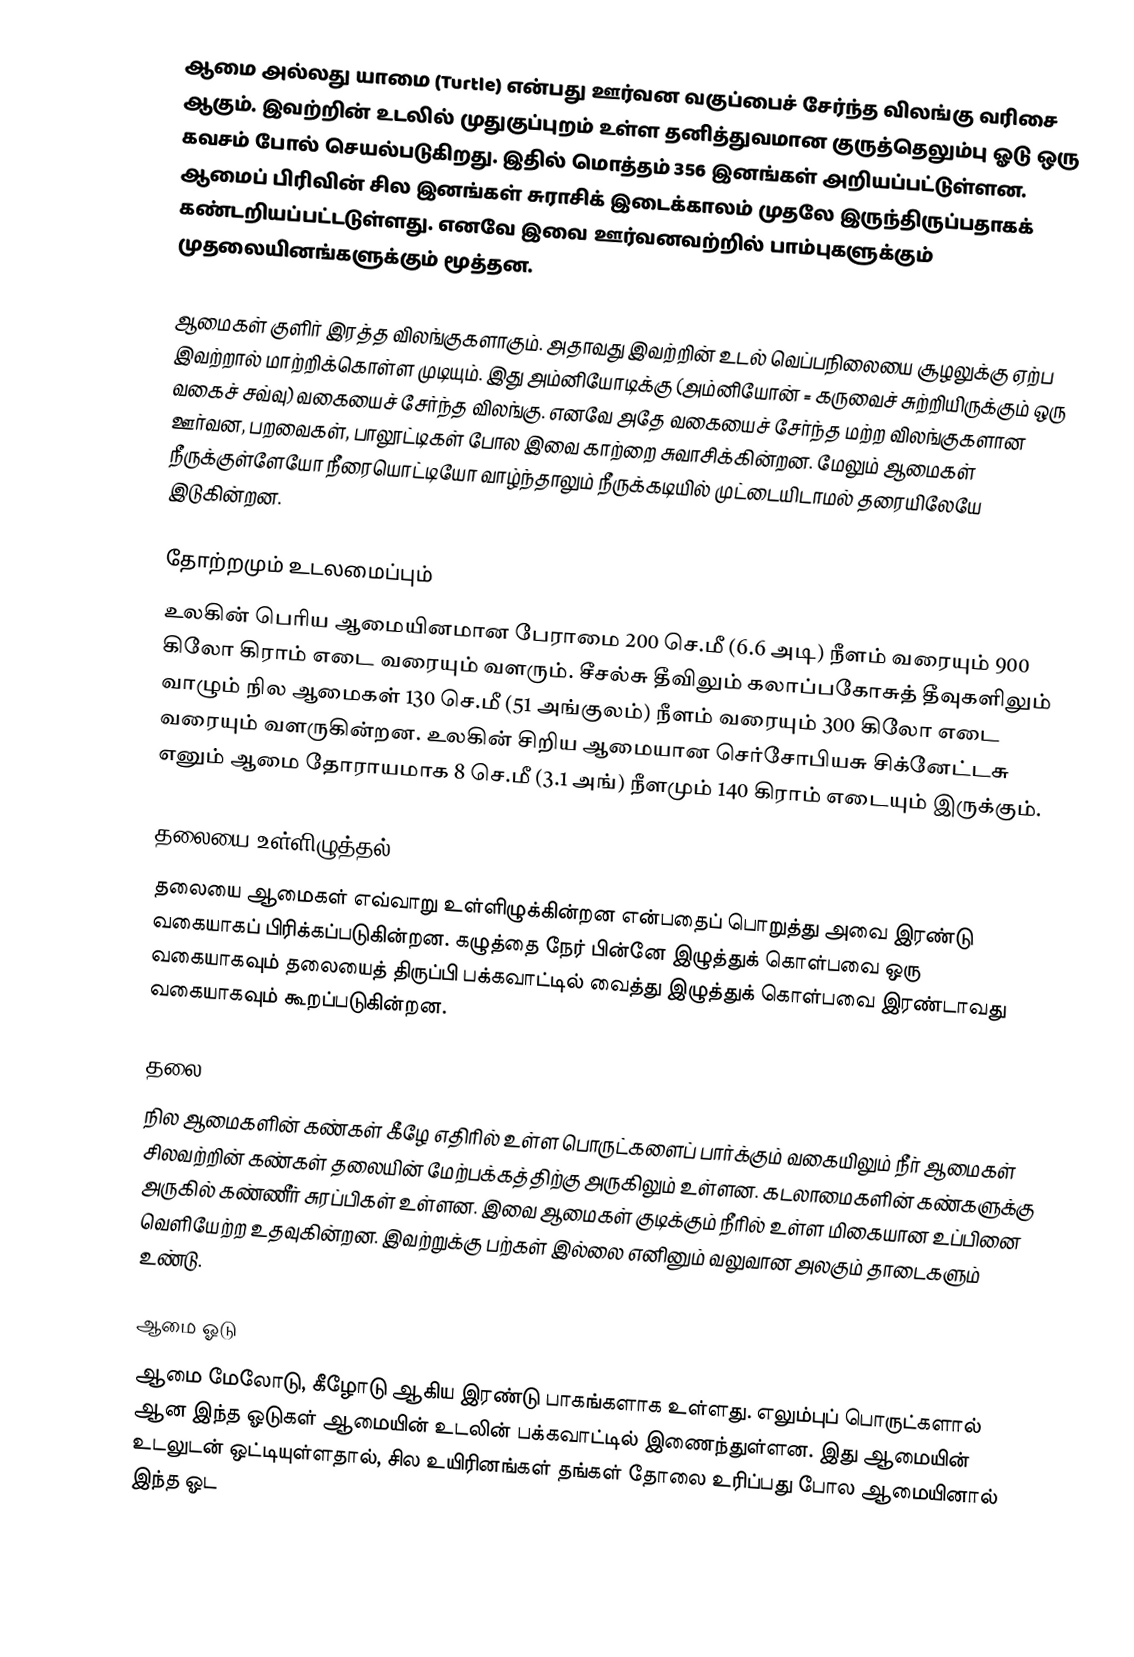
ஆமை அல்லது யாமை (Turtle) என்பது ஊர்வன வகுப்பைச் சேர்ந்த விலங்கு வரிசை ஆகும். இவற்றின் உடலில் முதுகுப்புறம் உள்ள தனித்துவமான குருத்தெலும்பு ஓடு ஒரு கவசம் போல் செயல்படுகிறது. இதில் மொத்தம் 356 இனங்கள் அறியப்பட்டுள்ளன. ஆமைப் பிரிவின் சில இனங்கள் சுராசிக்  இடைக்காலம் முதலே இருந்திருப்பதாகக் கண்டறியப்பட்டடுள்ளது. எனவே இவை ஊர்வனவற்றில் பாம்புகளுக்கும் முதலையினங்களுக்கும் மூத்தன.

ஆமைகள் குளிர் இரத்த விலங்குகளாகும். அதாவது இவற்றின் உடல் வெப்பநிலையை சூழலுக்கு ஏற்ப இவற்றால் மாற்றிக்கொள்ள முடியும். இது அம்னியோடிக்கு (அம்னியோன் = கருவைச் சுற்றியிருக்கும் ஒரு வகைச் சவ்வு) வகையைச் சேர்ந்த விலங்கு. எனவே அதே வகையைச் சேர்ந்த மற்ற விலங்குகளான ஊர்வன, பறவைகள், பாலூட்டிகள் போல இவை காற்றை சுவாசிக்கின்றன. மேலும் ஆமைகள் நீருக்குள்ளேயோ நீரையொட்டியோ வாழ்ந்தாலும் நீருக்கடியில் முட்டையிடாமல் தரையிலேயே இடுகின்றன.

தோற்றமும் உடலமைப்பும்
உலகின் பெரிய ஆமையினமான பேராமை 200 செ.மீ (6.6 அடி) நீளம் வரையும் 900 கிலோ கிராம் எடை வரையும் வளரும். சீசல்சு தீவிலும் கலாப்பகோசுத் தீவுகளிலும் வாழும் நில ஆமைகள் 130 செ.மீ (51 அங்குலம்) நீளம் வரையும் 300 கிலோ எடை வரையும் வளருகின்றன. உலகின் சிறிய ஆமையான செர்சோபியசு சிக்னேட்டசு எனும் ஆமை தோராயமாக 8 செ.மீ (3.1 அங்) நீளமும் 140 கிராம் எடையும் இருக்கும்.

தலையை உள்ளிழுத்தல்
தலையை ஆமைகள் எவ்வாறு உள்ளிழுக்கின்றன என்பதைப் பொறுத்து அவை இரண்டு வகையாகப் பிரிக்கப்படுகின்றன. கழுத்தை நேர் பின்னே இழுத்துக் கொள்பவை ஒரு வகையாகவும் தலையைத் திருப்பி பக்கவாட்டில் வைத்து இழுத்துக் கொள்பவை இரண்டாவது வகையாகவும் கூறப்படுகின்றன.

தலை
நில ஆமைகளின் கண்கள் கீழே எதிரில் உள்ள பொருட்களைப் பார்க்கும் வகையிலும் நீர் ஆமைகள் சிலவற்றின் கண்கள் தலையின் மேற்பக்கத்திற்கு அருகிலும் உள்ளன. கடலாமைகளின் கண்களுக்கு அருகில் கண்ணீர் சுரப்பிகள் உள்ளன. இவை ஆமைகள் குடிக்கும் நீரில் உள்ள மிகையான உப்பினை வெளியேற்ற உதவுகின்றன. இவற்றுக்கு பற்கள் இல்லை எனினும் வலுவான அலகும் தாடைகளும் உண்டு.

ஆமை ஓடு
ஆமை மேலோடு, கீழோடு ஆகிய இரண்டு பாகங்களாக உள்ளது. எலும்புப் பொருட்களால் ஆன இந்த ஓடுகள் ஆமையின் உடலின் பக்கவாட்டில் இணைந்துள்ளன. இது ஆமையின் உடலுடன் ஒட்டியுள்ளதால், சில உயிரினங்கள் தங்கள் தோலை உரிப்பது போல ஆமையினால் இந்த ஓட